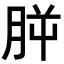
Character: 𣍮